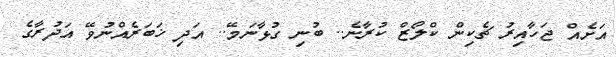
އަށެއް ޖަހާއިރު ޗެކިން ކްލޯޒް ކުރާނެ.. ބުނި ގުޅާނަމޭ.. އަދި ޚަބަރެއްނުވޭ އަދުރާގެ